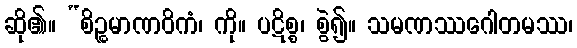
ဆို၏။ “စိဉ္စမာဏဝိကံ၊ ကို။ ပဋိစ္စ၊ စွဲ၍။ သမဏဿဂေါတမဿ၊